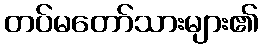
တပ်မတော်သားများ၏